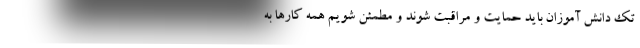
تک دانش آموزان باید حمایت و مراقبت شوند و مطمئن شویم همه کارها به